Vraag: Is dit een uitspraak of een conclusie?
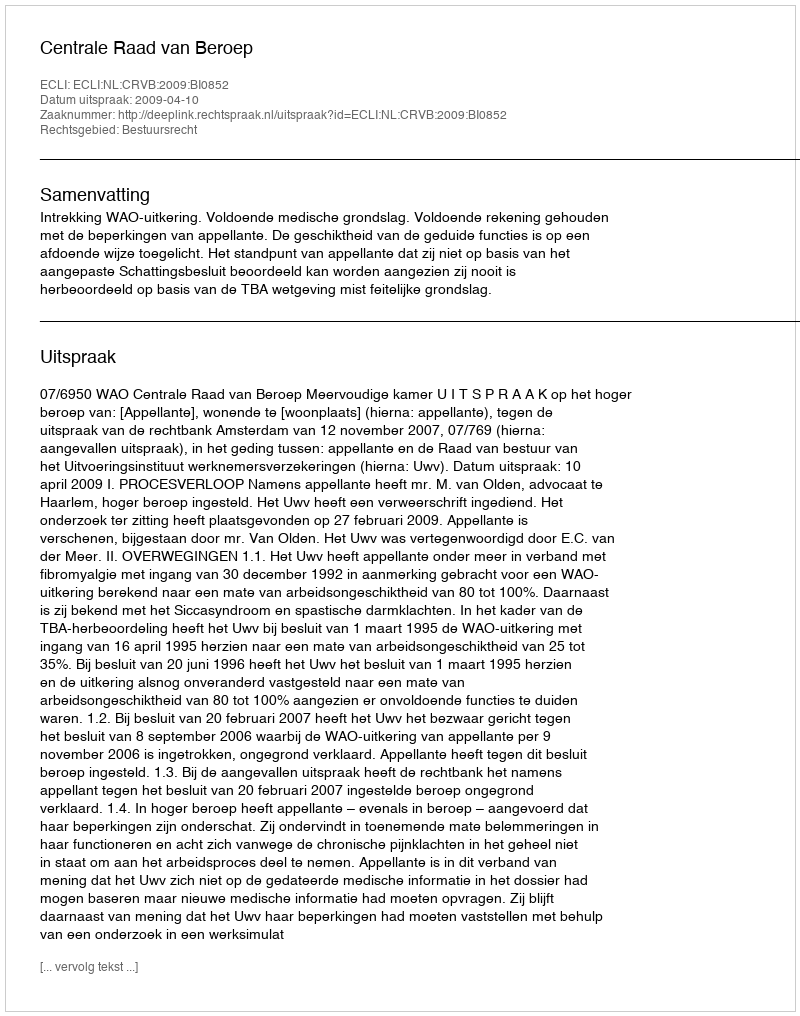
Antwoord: Uitspraak